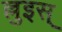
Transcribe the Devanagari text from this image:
ल्लुइस्